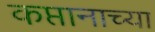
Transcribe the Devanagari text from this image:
कप्तानाच्या